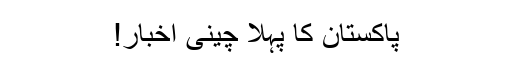
پاکستان کا پہلا چینی اخبار!